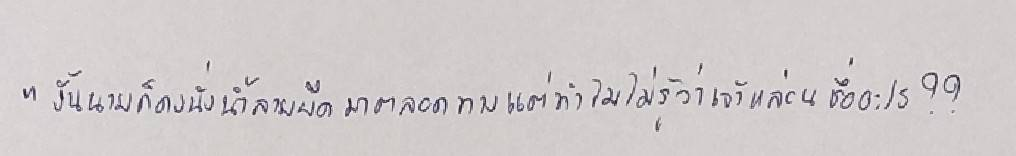
"งั้นนายก็คงนั่งน้ำลายยืดมาตลอดทางแต่ทำไมไม่รู้ว่าเจ้าหล่อนชื่ออะไร??